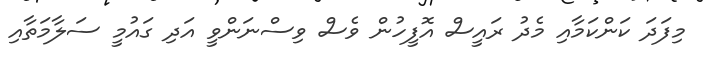
މިފަދަ ކަންކަމާއި މެދު ރައީސް އޮފީހުން ވެސް ވިސްނަންވީ އަދި ގައުމީ ސަލާމަތާއި